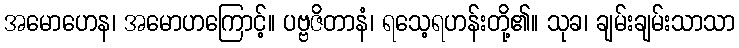
အမောဟေန၊ အမောဟကြောင့်။ ပဗ္ဗဇိတာနံ၊ ရသေ့ရဟန်းတို့၏။ သုခ၊ ချမ်းချမ်းသာသာ